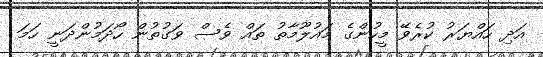
އަދި ހައްޔަރު ކުރެވޭ މީހުންގެ މައުލޫމާތު ތައް ވެސް ވަގުތުން ހޯދަމުންދަނީ ހަމަ